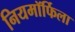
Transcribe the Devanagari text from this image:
नियमॉर्फिला